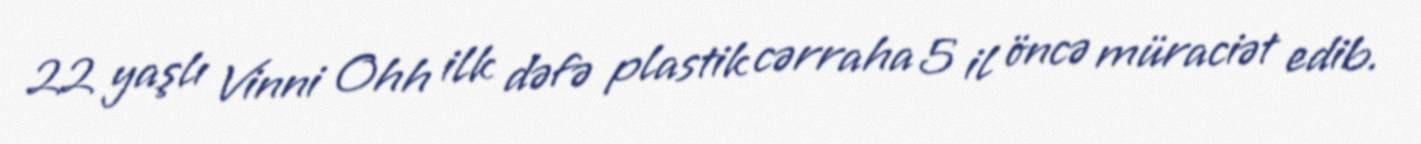
22 yaşlı Vinni Ohh ilk dəfə plastik cərraha 5 il öncə müraciət edib.